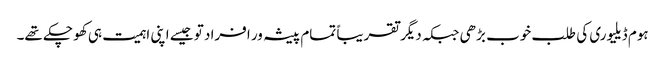
ہوم ڈیلیوری کی طلب خوب بڑھی جبکہ دیگر تقریباً تمام پیشہ ور افراد تو جیسے اپنی اہمیت ہی کھو چکے تھے۔